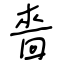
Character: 嗇